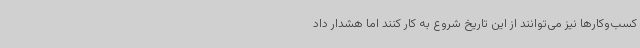
کسب‌وکارها نیز می‌توانند از این تاریخ شروع به کار کنند اما هشدار داد